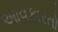
આવકારતો